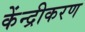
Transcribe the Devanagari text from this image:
केंन्द्रीकरण